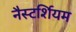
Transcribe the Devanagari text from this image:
नैस्टर्शियम